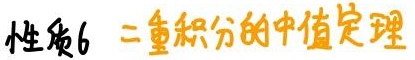
性质6 二重积分的中值定理